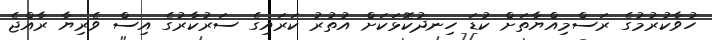
ހުވާކުރުމުގެ ރަސްމިއްޔާތަށް ކުޑަ ހިނދުކޮޅަކަށް އުތުރު ކަރައިގެ ސަރުކާރުގެ އިސް ވެރިޔާ ރާއްޖެ